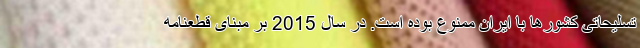
تسلیحاتی کشورها با ایران ممنوع بوده است‌. در سال 2015 بر مبنای قطعنامه